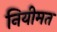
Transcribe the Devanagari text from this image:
नियीमत